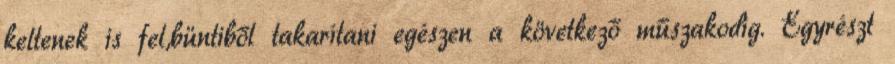
keltenek is fel,büntiből takarítani egészen a következő műszakodig. Egyrészt